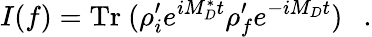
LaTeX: I(f)=\mathrm{Tr}~(\rho_{i}^{\prime}e^{iM_{D}^{*}t}\rho_{f}^{\prime}e^{-iM_{D}t})~~~.